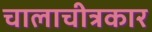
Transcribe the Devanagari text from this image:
चालाचीत्रकार